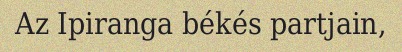
Az Ipiranga békés partjain,